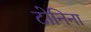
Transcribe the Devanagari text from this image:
टोनिना